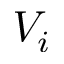
V _ { i }